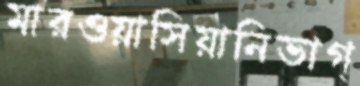
মারওয়াসিয়ানিভাগ্